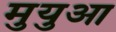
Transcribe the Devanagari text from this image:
मुयुआ